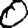
Digit: 0